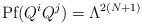
\begin{align*}\mbox{Pf} (Q^{i} Q^{j}) = \Lambda^{2(N+1)}\end{align*}